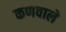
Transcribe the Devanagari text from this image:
कणवाले